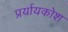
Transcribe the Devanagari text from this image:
प्रर्यायकोश